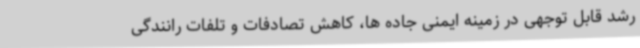
رشد قابل توجهی در زمینه ایمنی جاده ها، کاهش تصادفات و تلفات رانندگی